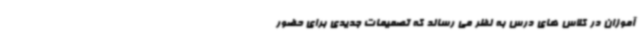
آموزان در کلاس های درس به نظر می رساند که تصمیمات جدیدی برای حضور